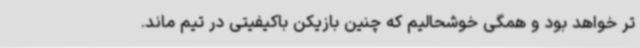
تر خواهد بود و همگی خوشحالیم که چنین بازیکن باکیفیتی در تیم ماند.